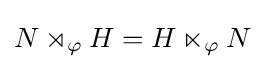
N\rtimes _{\varphi }H=H\ltimes _{\varphi }N